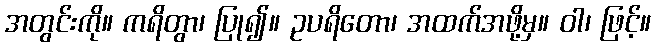
အတွင်းကို။ ကရိတွာ၊ ပြု၍။ ဥပရိတော၊ အထက်အဖို့မှ။ ဝါ၊ ဖြင့်။